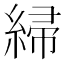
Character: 𫃲